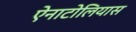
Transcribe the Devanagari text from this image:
ऐनाटोलियास